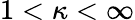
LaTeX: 1<\kappa<\infty